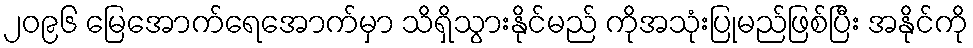
၂၀၉၆ မြေအောက်ရေအောက်မှာ သိရှိသွားနိုင်မည် ကိုအသုံးပြုမည်ဖြစ်ပြီး အနိုင်ကို